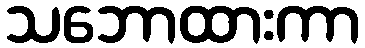
သဘောထားကာ